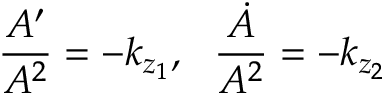
\frac { A ^ { \prime } } { A ^ { 2 } } = - k _ { z _ { 1 } } , \ \ \frac { \dot { A } } { A ^ { 2 } } = - k _ { z _ { 2 } }